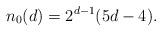
LaTeX: \begin{align*}n_0(d)=2^{d-1}(5d-4).\end{align*}